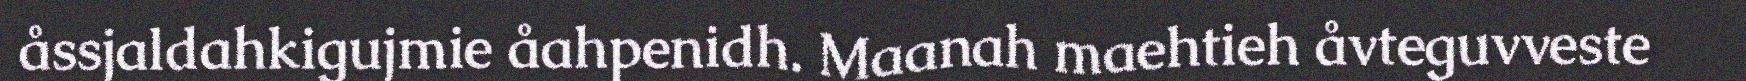
åssjaldahkigujmie åahpenidh. Maanah maehtieh åvteguvveste